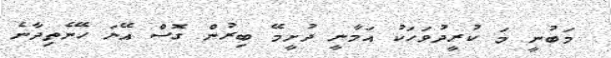
މަބުނީ މަ ކުރީދުވަހަކު އަމާނީ ދުށީމޭ ބިރުން ގޮސް އޭނަ ހޭނެތިދާނެ